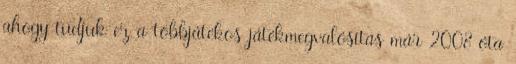
ahogy tudjuk ez a többjátékos játékmegvalósítás már 2008 óta